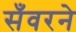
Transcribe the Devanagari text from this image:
सँवरने